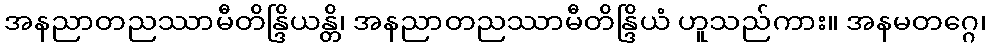
အနညာတညဿာမီတိန္ဒြိယန္တိ၊ အနညာတညဿာမီတိန္ဒြိယံ ဟူသည်ကား။ အနမတဂ္ဂေ၊